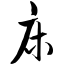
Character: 床